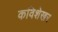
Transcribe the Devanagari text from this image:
कविशेखर